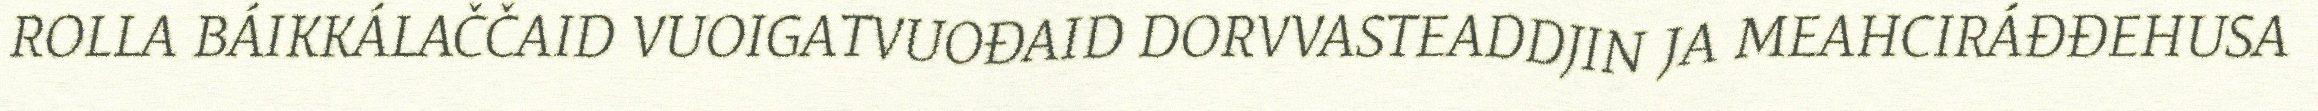
ROLLA BÁIKKÁLAČČAID VUOIGATVUOĐAID DORVVASTEADDJIN JA MEAHCIRÁĐĐEHUSA